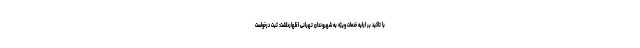
با تاکید بر ارایه خدمات ویژه به شهروندان تهرانی اظهارداشت: ثبت درخواست